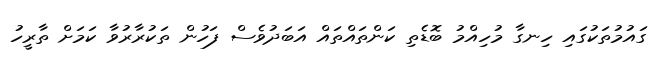
ގައުމުތަކުގައި ހިނގާ މުހިއްމު ބޮޑެތި ކަންތައްތައް އަބަދުވެސް ފަހުން ތަކުރާރުވާ ކަމަށް ތާރީހު